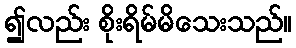
၍လည်း စိုးရိမ်မိသေးသည်။